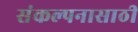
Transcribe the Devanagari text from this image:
संकल्पनासाठी